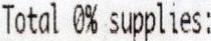
TOTAL 0% SUPPLIES: